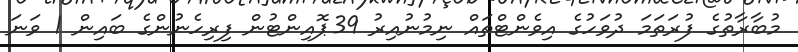
މުބާރާތުގެ ފުރަތަމަ ދުވަހުގެ އިވެންޓްތައް ނިމުނުއިރު 39ޕޮއިންޓުން ފިރިހެނުންގެ ބައިން 1 ވަނަ